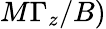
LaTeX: M\Gamma_{z}/B)